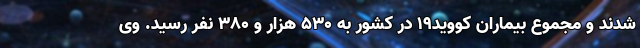
شدند و مجموع بیماران کووید۱۹ در کشور به ۵۳۰ هزار و ۳۸۰ نفر رسید. وی